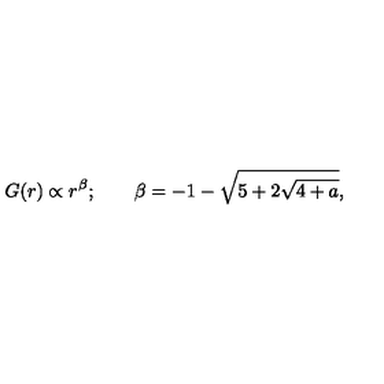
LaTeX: G ( r ) \propto r ^ { \beta } ; \qquad \beta = - 1 - \sqrt { 5 + 2 \sqrt { 4 + a } } ,